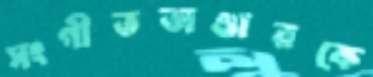
সংগীতভাণ্ডারকে